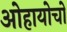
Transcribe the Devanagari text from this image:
ओहायोचो